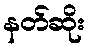
နတ်ဆိုး